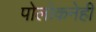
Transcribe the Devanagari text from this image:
पोलोकनेही